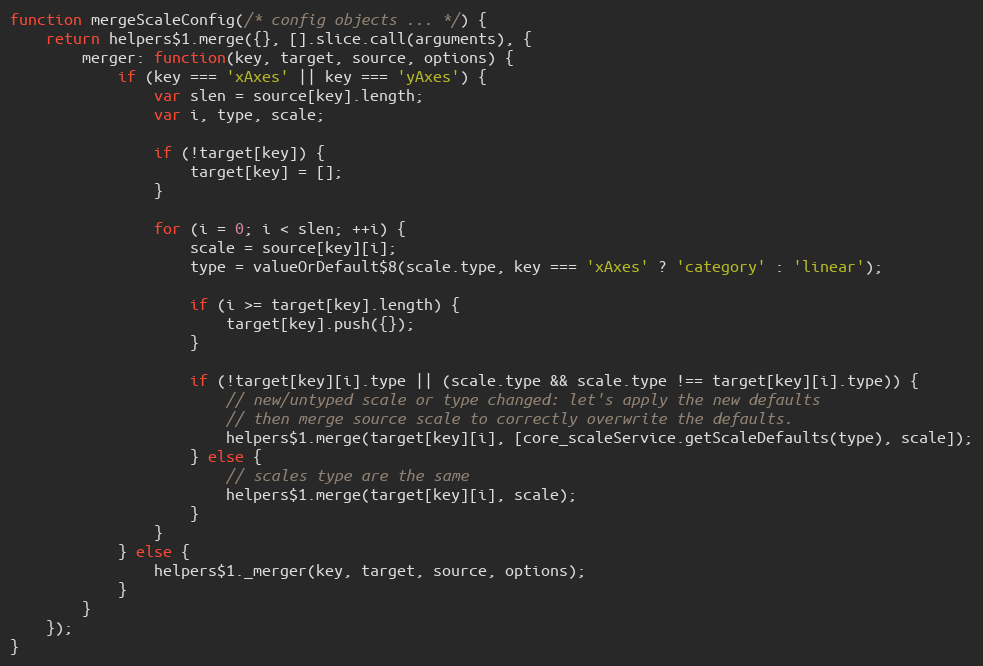
Language: JavaScript
function mergeScaleConfig(/* config objects ... */) {
	return helpers$1.merge({}, [].slice.call(arguments), {
		merger: function(key, target, source, options) {
			if (key === 'xAxes' || key === 'yAxes') {
				var slen = source[key].length;
				var i, type, scale;

				if (!target[key]) {
					target[key] = [];
				}

				for (i = 0; i < slen; ++i) {
					scale = source[key][i];
					type = valueOrDefault$8(scale.type, key === 'xAxes' ? 'category' : 'linear');

					if (i >= target[key].length) {
						target[key].push({});
					}

					if (!target[key][i].type || (scale.type && scale.type !== target[key][i].type)) {
						// new/untyped scale or type changed: let's apply the new defaults
						// then merge source scale to correctly overwrite the defaults.
						helpers$1.merge(target[key][i], [core_scaleService.getScaleDefaults(type), scale]);
					} else {
						// scales type are the same
						helpers$1.merge(target[key][i], scale);
					}
				}
			} else {
				helpers$1._merger(key, target, source, options);
			}
		}
	});
}